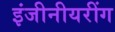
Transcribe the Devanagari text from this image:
इंजीनीयरींग